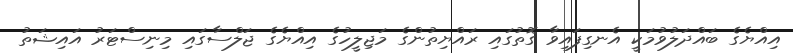
އިއްޔެގެ ބައްދަލުވުމަކީ އެނގިފައިވާ ގޮތުގައި ރައްޔިތުންގެ މަޖިލީހުގެ އިއްޔެގެ ޖަލްސާގައި މިނިސްޓަރު އައިޝަތު